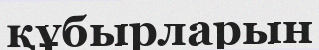
құбырларын